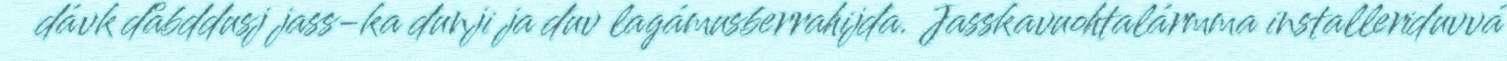
dávk dåbddusj jass-ka dunji ja duv lagámusberrahijda. Jasskavuohtalármma installeriduvvá